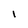
Character: 1